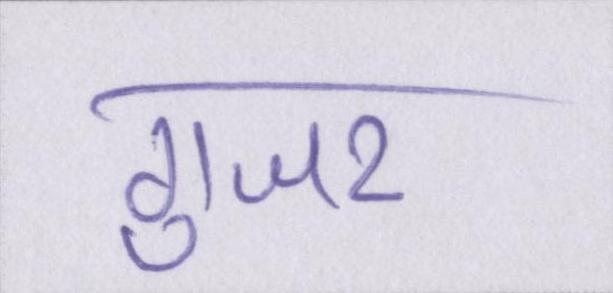
गुजर